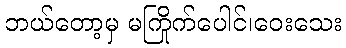
ဘယ်တော့မှ မကြိုက်ပေါင်၊ဝေးသေး